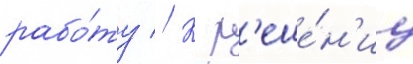
рабо́ту // К р'еше́н'иу